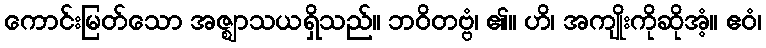
ကောင်းမြတ်သော အဇ္ဈာသယရှိသည်။ ဘဝိတဗ္ဗံ၊ ၏။ ဟိ၊ အကျိုးကိုဆိုအံ့။ ဧဝံ၊